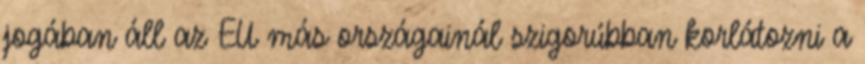
jogában áll az EU más országainál szigorúbban korlátozni a